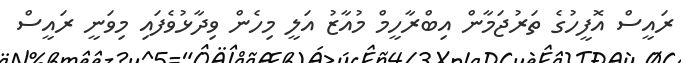
ރައީސް އޮފީހުގެ ތަރުޖަމާން އިބްރާހީމް މުއާޒު އަލީ މިހެން ވިދާޅުވެފައި މިވަނީ ރައީސް